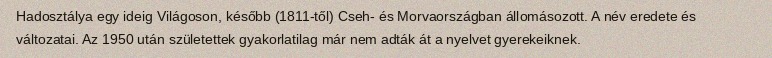
Hadosztálya egy ideig Világoson, később (1811-től) Cseh- és Morvaországban állomásozott. A név eredete és változatai. Az 1950 után születettek gyakorlatilag már nem adták át a nyelvet gyerekeiknek.